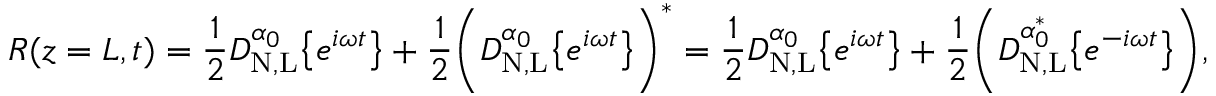
R ( z = L , t ) = \frac { 1 } { 2 } D _ { \mathrm { N , L } } ^ { \alpha _ { 0 } } \big \{ { e ^ { i \omega t } \big \} } + \frac { 1 } { 2 } \bigg ( D _ { \mathrm { N , L } } ^ { \alpha _ { 0 } } \big \{ { e ^ { i \omega t } \big \} } \bigg ) ^ { * } = \frac { 1 } { 2 } D _ { \mathrm { N , L } } ^ { \alpha _ { 0 } } \big \{ { e ^ { i \omega t } \big \} } + \frac { 1 } { 2 } \bigg ( D _ { \mathrm { N , L } } ^ { \alpha _ { 0 } ^ { * } } \big \{ { e ^ { - i \omega t } \big \} } \bigg ) ,